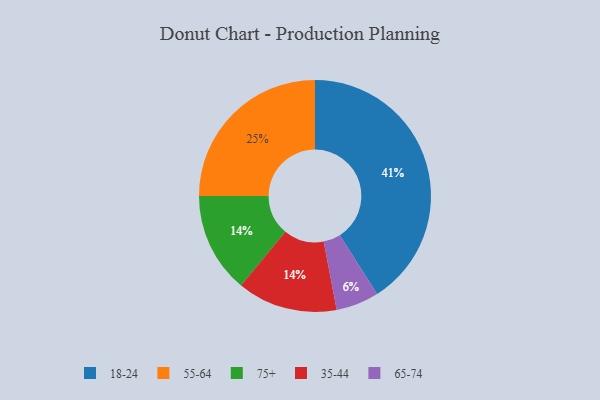
{"axis": {"x": "Category", "y": "Percentage"}, "legend": ["18-24", "35-44", "55-64", "65-74", "75+"], "data": [{"x": "65-74", "y": 6, "type": "65-74"}, {"x": "55-64", "y": 25, "type": "55-64"}, {"x": "75+", "y": 14, "type": "75+"}, {"x": "35-44", "y": 14, "type": "35-44"}, {"x": "18-24", "y": 41, "type": "18-24"}]}